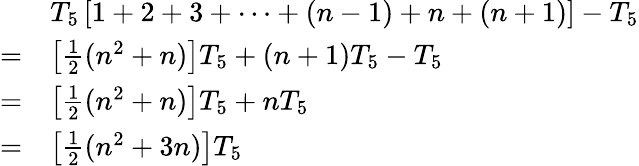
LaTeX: {\begin{array}{rl}&{T_{5}\left[1+2+3+\cdots+(n-1)+n+(n+1)\right]-T_{5}}\\ {=}&{\left[{\frac{1}{2}}(n^{2}+n)\right]T_{5}+(n+1)T_{5}-T_{5}}\\ {=}&{\left[{\frac{1}{2}}(n^{2}+n)\right]T_{5}+nT_{5}}\\ {=}&{\left[{\frac{1}{2}}(n^{2}+3n)\right]T_{5}}\end{array}}